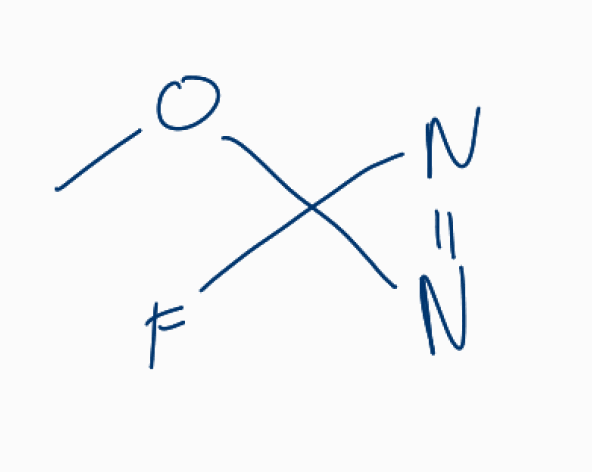
Simplified molecular-input line-entry system (SMILES) notation of the given molecule:
COC1(N=N1)F